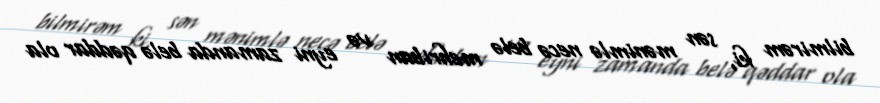
bilmirəm ki, sən mənimlə necə belə mehriban və eyni zamanda belə qəddar ola